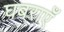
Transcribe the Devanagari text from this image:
घबराएँ